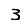
Digit: 3